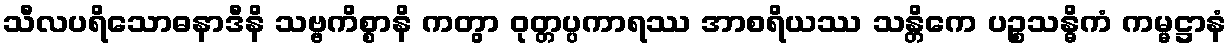
သီလပရိသောဓနာဒီနိ သဗ္ဗကိစ္စာနိ ကတွာ ဝုတ္တပ္ပကာရဿ အာစရိယဿ သန္တိကေ ပဉ္စသန္ဓိကံ ကမ္မဋ္ဌာနံ